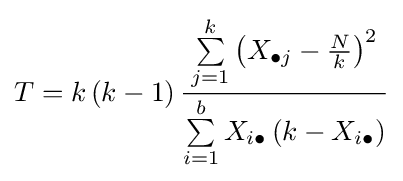
T=k\left(k-1\right){\frac {\sum \limits _{j=1}^{k}\left(X_{\bullet j}-{\frac {N}{k}}\right)^{2}}{\sum \limits _{i=1}^{b}X_{i\bullet }\left(k-X_{i\bullet }\right)}}